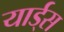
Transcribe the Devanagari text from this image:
यार्ड्‌स